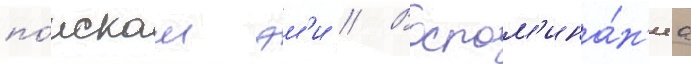
по́искам эм'и // Воспом'ина́н'иа